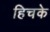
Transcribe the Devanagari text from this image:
हिचके